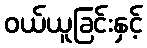
ဝယ်ယူခြင်းနှင့်